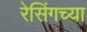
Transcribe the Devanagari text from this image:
रेसिंगच्या